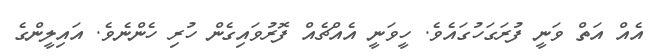
އެއް އަތް ވަނީ ފުރަގަހުގައެވެ. ހީވަނީ އެއްޗެއް ފޮރުވައިގެން ހުރި ހެންނެވެ. އައިލީންގެ